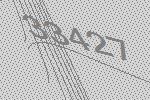
33427